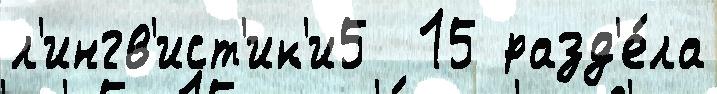
л'ингв'ист'ик'и5  15 разд'е́ла